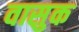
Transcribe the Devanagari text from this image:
वासुक